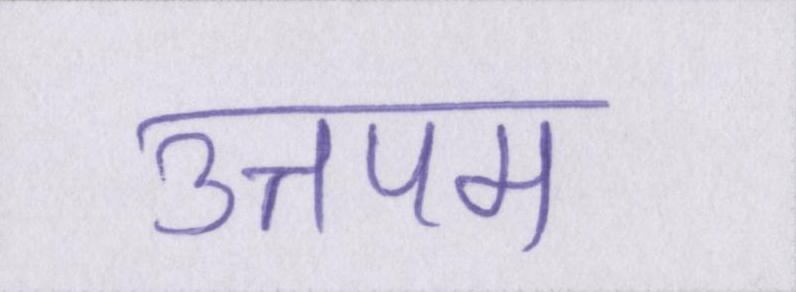
उत्तपम